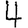
Digit: 4